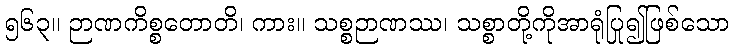
၅၆၃။ ဉာဏကိစ္စတောတိ၊ ကား။ သစ္စဉာဏဿ၊ သစ္စာတို့ကိုအာရုံပြု၍ဖြစ်သော